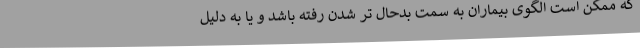
که ممکن است الگوی بیماران به سمت بدحال تر شدن رفته باشد و یا به دلیل